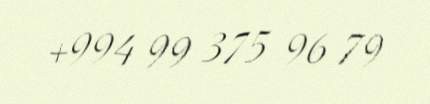
+994 99 375 96 79